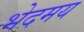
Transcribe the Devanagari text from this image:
भेदमय